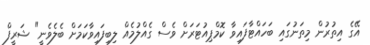
އޭގެ އިތުރުން މިތަނުގައި ބަހައްޓާފައިވާ ކޮމްޕިއުޓަރަށް ވެސް ގެއްލުމެއް ލިބިފައިވާކަމަށް ބެލެވެނީ" ޝަރީފް